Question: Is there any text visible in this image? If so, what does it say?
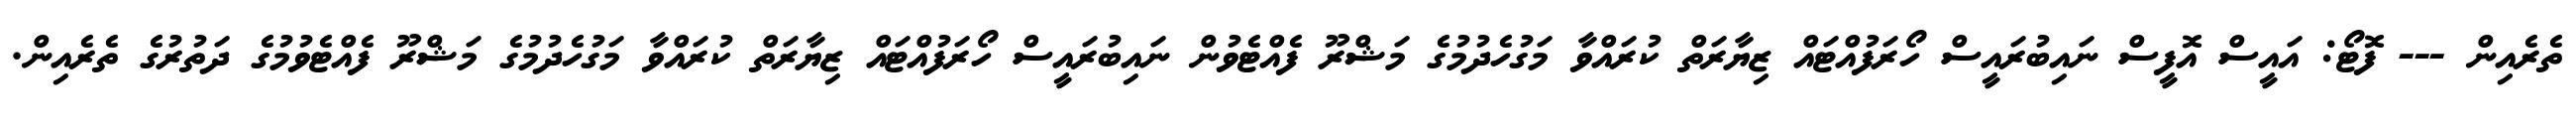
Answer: ތެރެއިން --- ފޮޓޯ: އައީސް އޮފީސް ނައިބުރައީސް ހޯރަފުއްޓައް ޒިޔާރަތް ކުރައްވާ މަގުހެދުމުގެ މަޝްރޫ ފެއްޓެވުން ނައިބުރައީސް ހޯރަފުއްޓައް ޒިޔާރަތް ކުރައްވާ މަގުހެދުމުގެ މަޝްރޫ ފެއްޓެވުމުގެ ދަތުރުގެ ތެރެއިން.